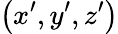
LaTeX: \left(x^{\prime},y^{\prime},z^{\prime}\right)